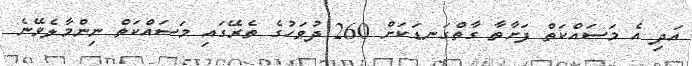
އަދި އެ މަސައްކަތް ފަށާތާ ގާތްގަނޑަކަށް 260 ދުވަހުގެ ތެރޭގައި މަސައްކަތް ނިންމާލެވޭނެ